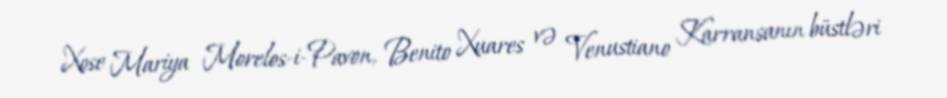
Xose Mariya Morelos-i-Pavon, Benito Xuares və Venustiano Karransanın büstləri